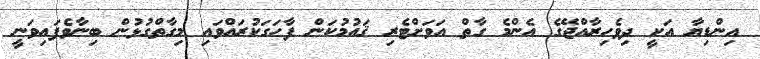
އިންޑިޔާ އަކީ ދިވެހިރާއްޖޭގެ އެންމެ ގާތް އަވަށްޓެރި ޤައުމުކަން ފާހަގަކުރައްވައި މިގާތްގުޅުން ބިނާވެފައިވަނީ